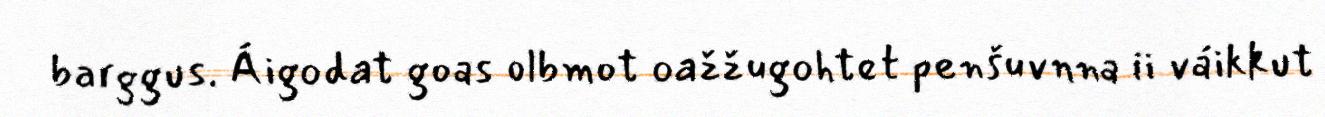
barggus. Áigodat goas olbmot oažžugohtet penšuvnna ii váikkut